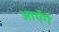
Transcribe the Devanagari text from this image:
आऐंगे